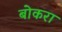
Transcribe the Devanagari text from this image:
बोकरा